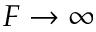
{ F } \to \infty